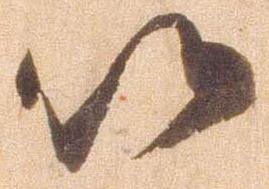
候